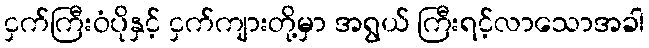
ငှက်ကြီးဝံပိုနှင့် ငှက်ကျားတို့မှာ အရွယ် ကြီးရင့်လာသောအခါ